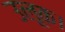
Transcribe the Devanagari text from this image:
उलूक।